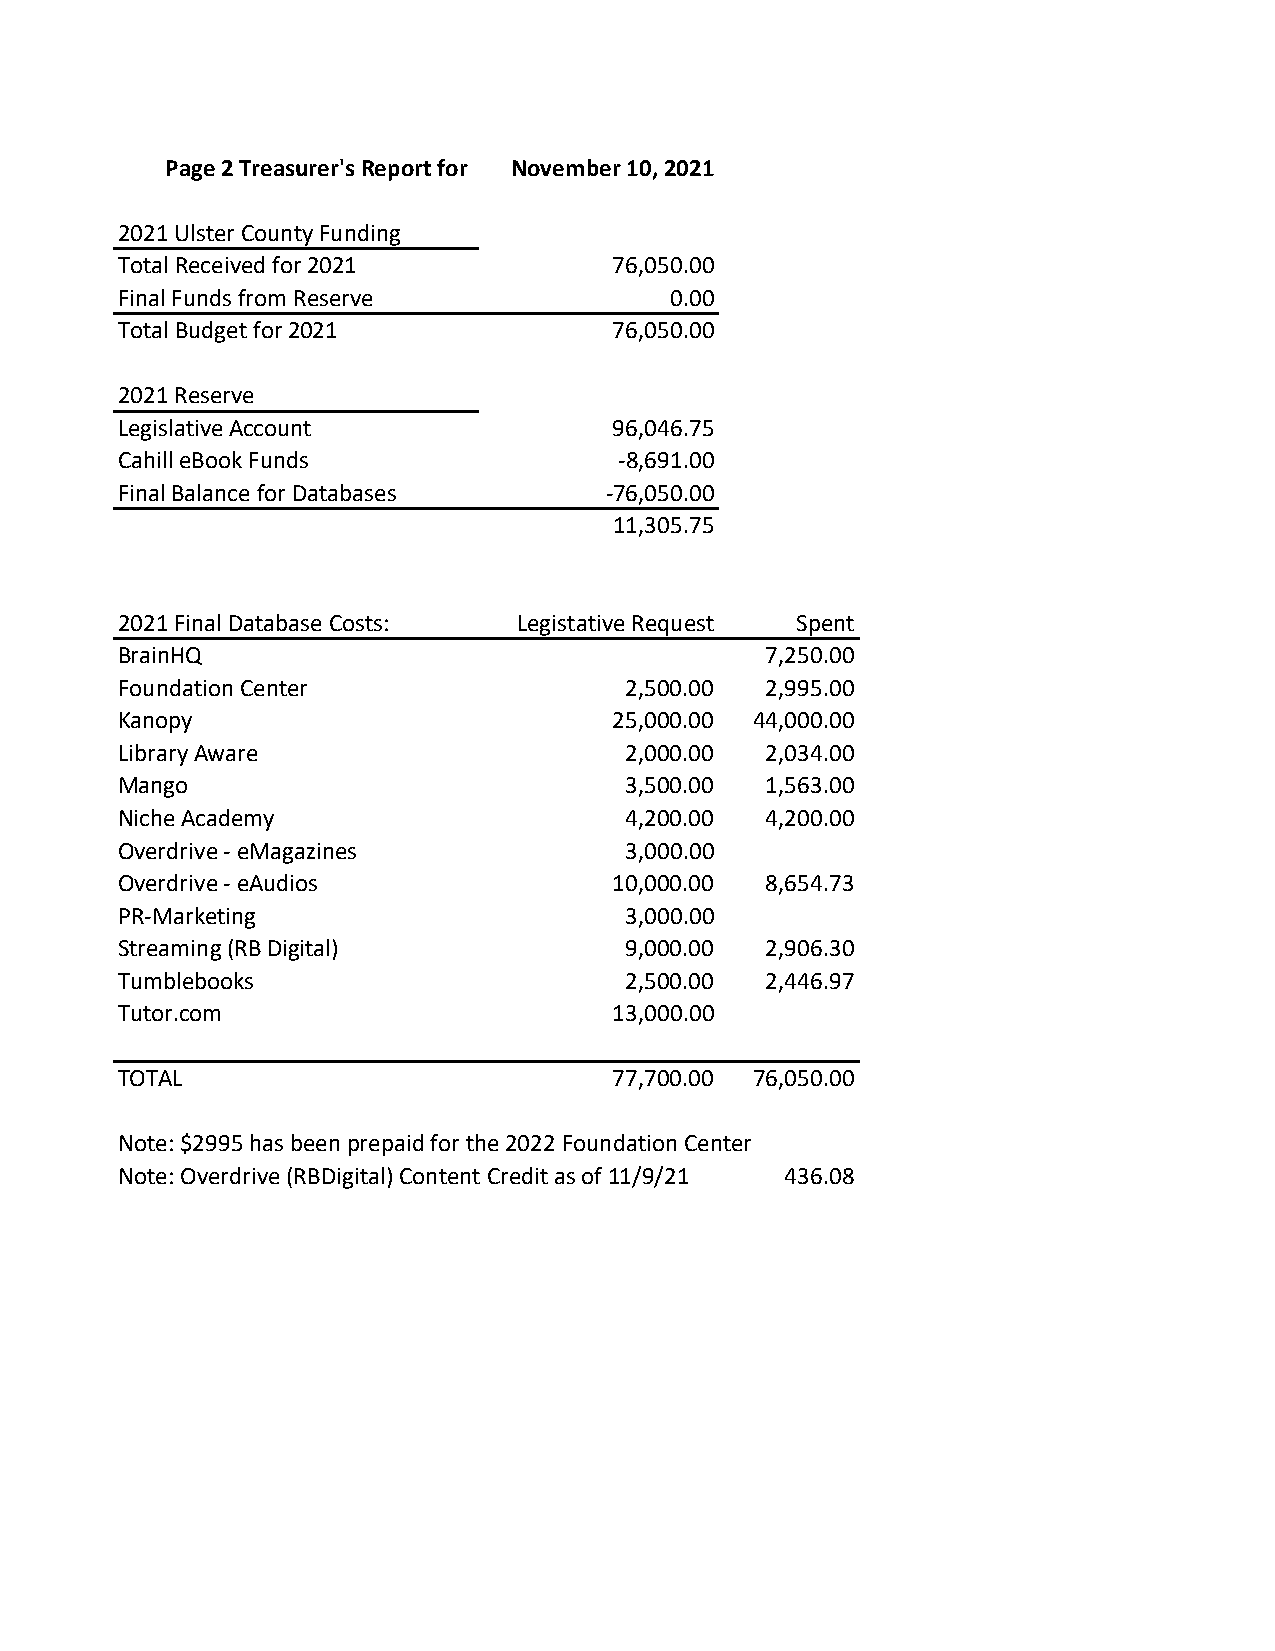
Page 2 Treasurer's Report for November 10, 2021
 2021 Ulster County Funding
 Total Received for 2021          76,050.00
 Final Funds from Reserve            0.00
 Total Budget for 2021            76,050.00
 2021 Reserve
 Legislative Account              96,046.75
 Cahill eBook Funds               ‐8,691.00
 Final Balance for Databases     ‐76,050.00
 11,305.75
 2021 Final Database Costs: Legistative Request Spent
 BrainHQ                                    7,250.00
 Foundation Center                2,500.00  2,995.00
 Kanopy                           25,000.00 44,000.00
 Library Aware                    2,000.00  2,034.00
 Mango                            3,500.00  1,563.00
 Niche Academy                    4,200.00  4,200.00
 Overdrive ‐ eMagazines           3,000.00
 Overdrive ‐ eAudios              10,000.00 8,654.73
 PR‐Marketing                     3,000.00
 Streaming (RB Digital)           9,000.00  2,906.30
 Tumblebooks                      2,500.00  2,446.97
 Tutor.com                        13,000.00
 TOTAL                            77,700.00 76,050.00
 Note: $2995 has been prepaid for the 2022 Foundation Center
 Note: Overdrive (RBDigital) Content Credit as of 11/9/21 436.08